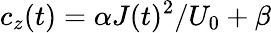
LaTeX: c_{z}(t)=\alpha J(t)^{2}/U_{0}+\beta